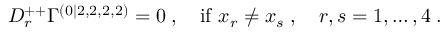
D _ { r } ^ { + + } \Gamma ^ { ( 0 | 2 , 2 , 2 , 2 ) } = 0 \; , \quad \mathrm { i f ~ } x _ { r } \neq x _ { s } \; , \quad r , s = 1 , \ldots , 4 \; .